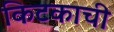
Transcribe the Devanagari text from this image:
किटकाची